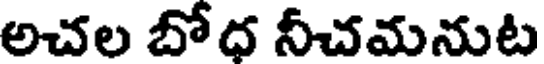
అచల బోధ నీచమనుట